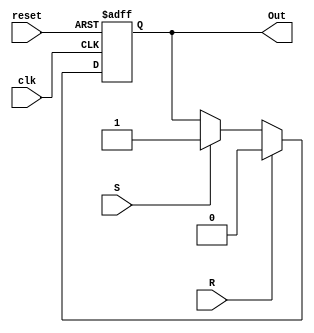
`timescale 1ns / 1ps
//////////////////////////////////////////////////////////////////////////////////
//	
//	Notes:		RSFlop
//					R S | Q
//					0 0   Q
//             0 1   1
//				   1 0   0
//             1 1   0
//////////////////////////////////////////////////////////////////////////////////
module RSFlop(clk,reset,R,S,Out);
	 input reset, clk, R, S;
	 output Out;
	 reg   dataVal;
	 
	 always @(posedge clk, negedge reset)
		if(!reset)
			dataVal<=0;
		else if(R)
			dataVal<=0;
		else if(S)
			dataVal<=1;
		else 
			dataVal<=dataVal;
		
		assign Out=dataVal;
	 
	 endmodule